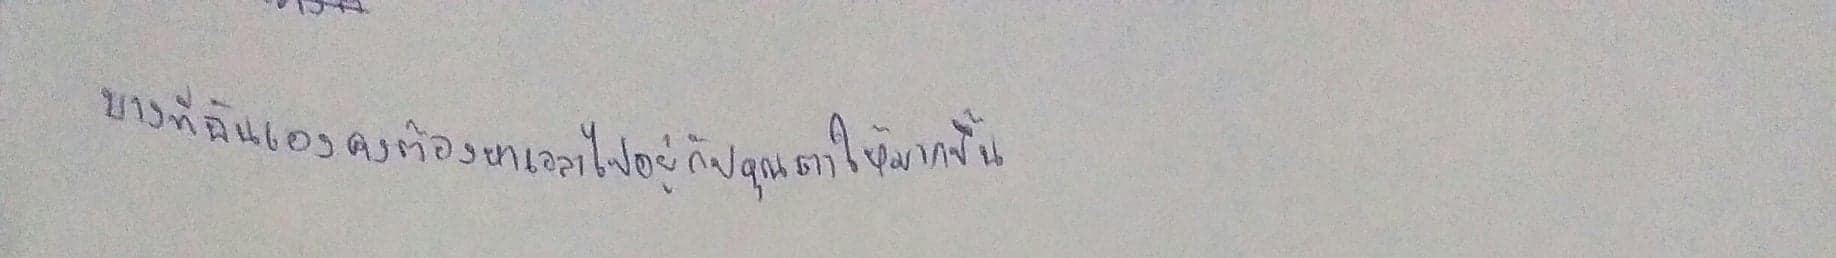
"บางทีฉันเองคงต้องหาเวลาไปอยู่กับคุณตาให้มากขึ้น"